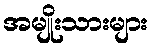
အမျိုးသားများ